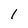
Character: l